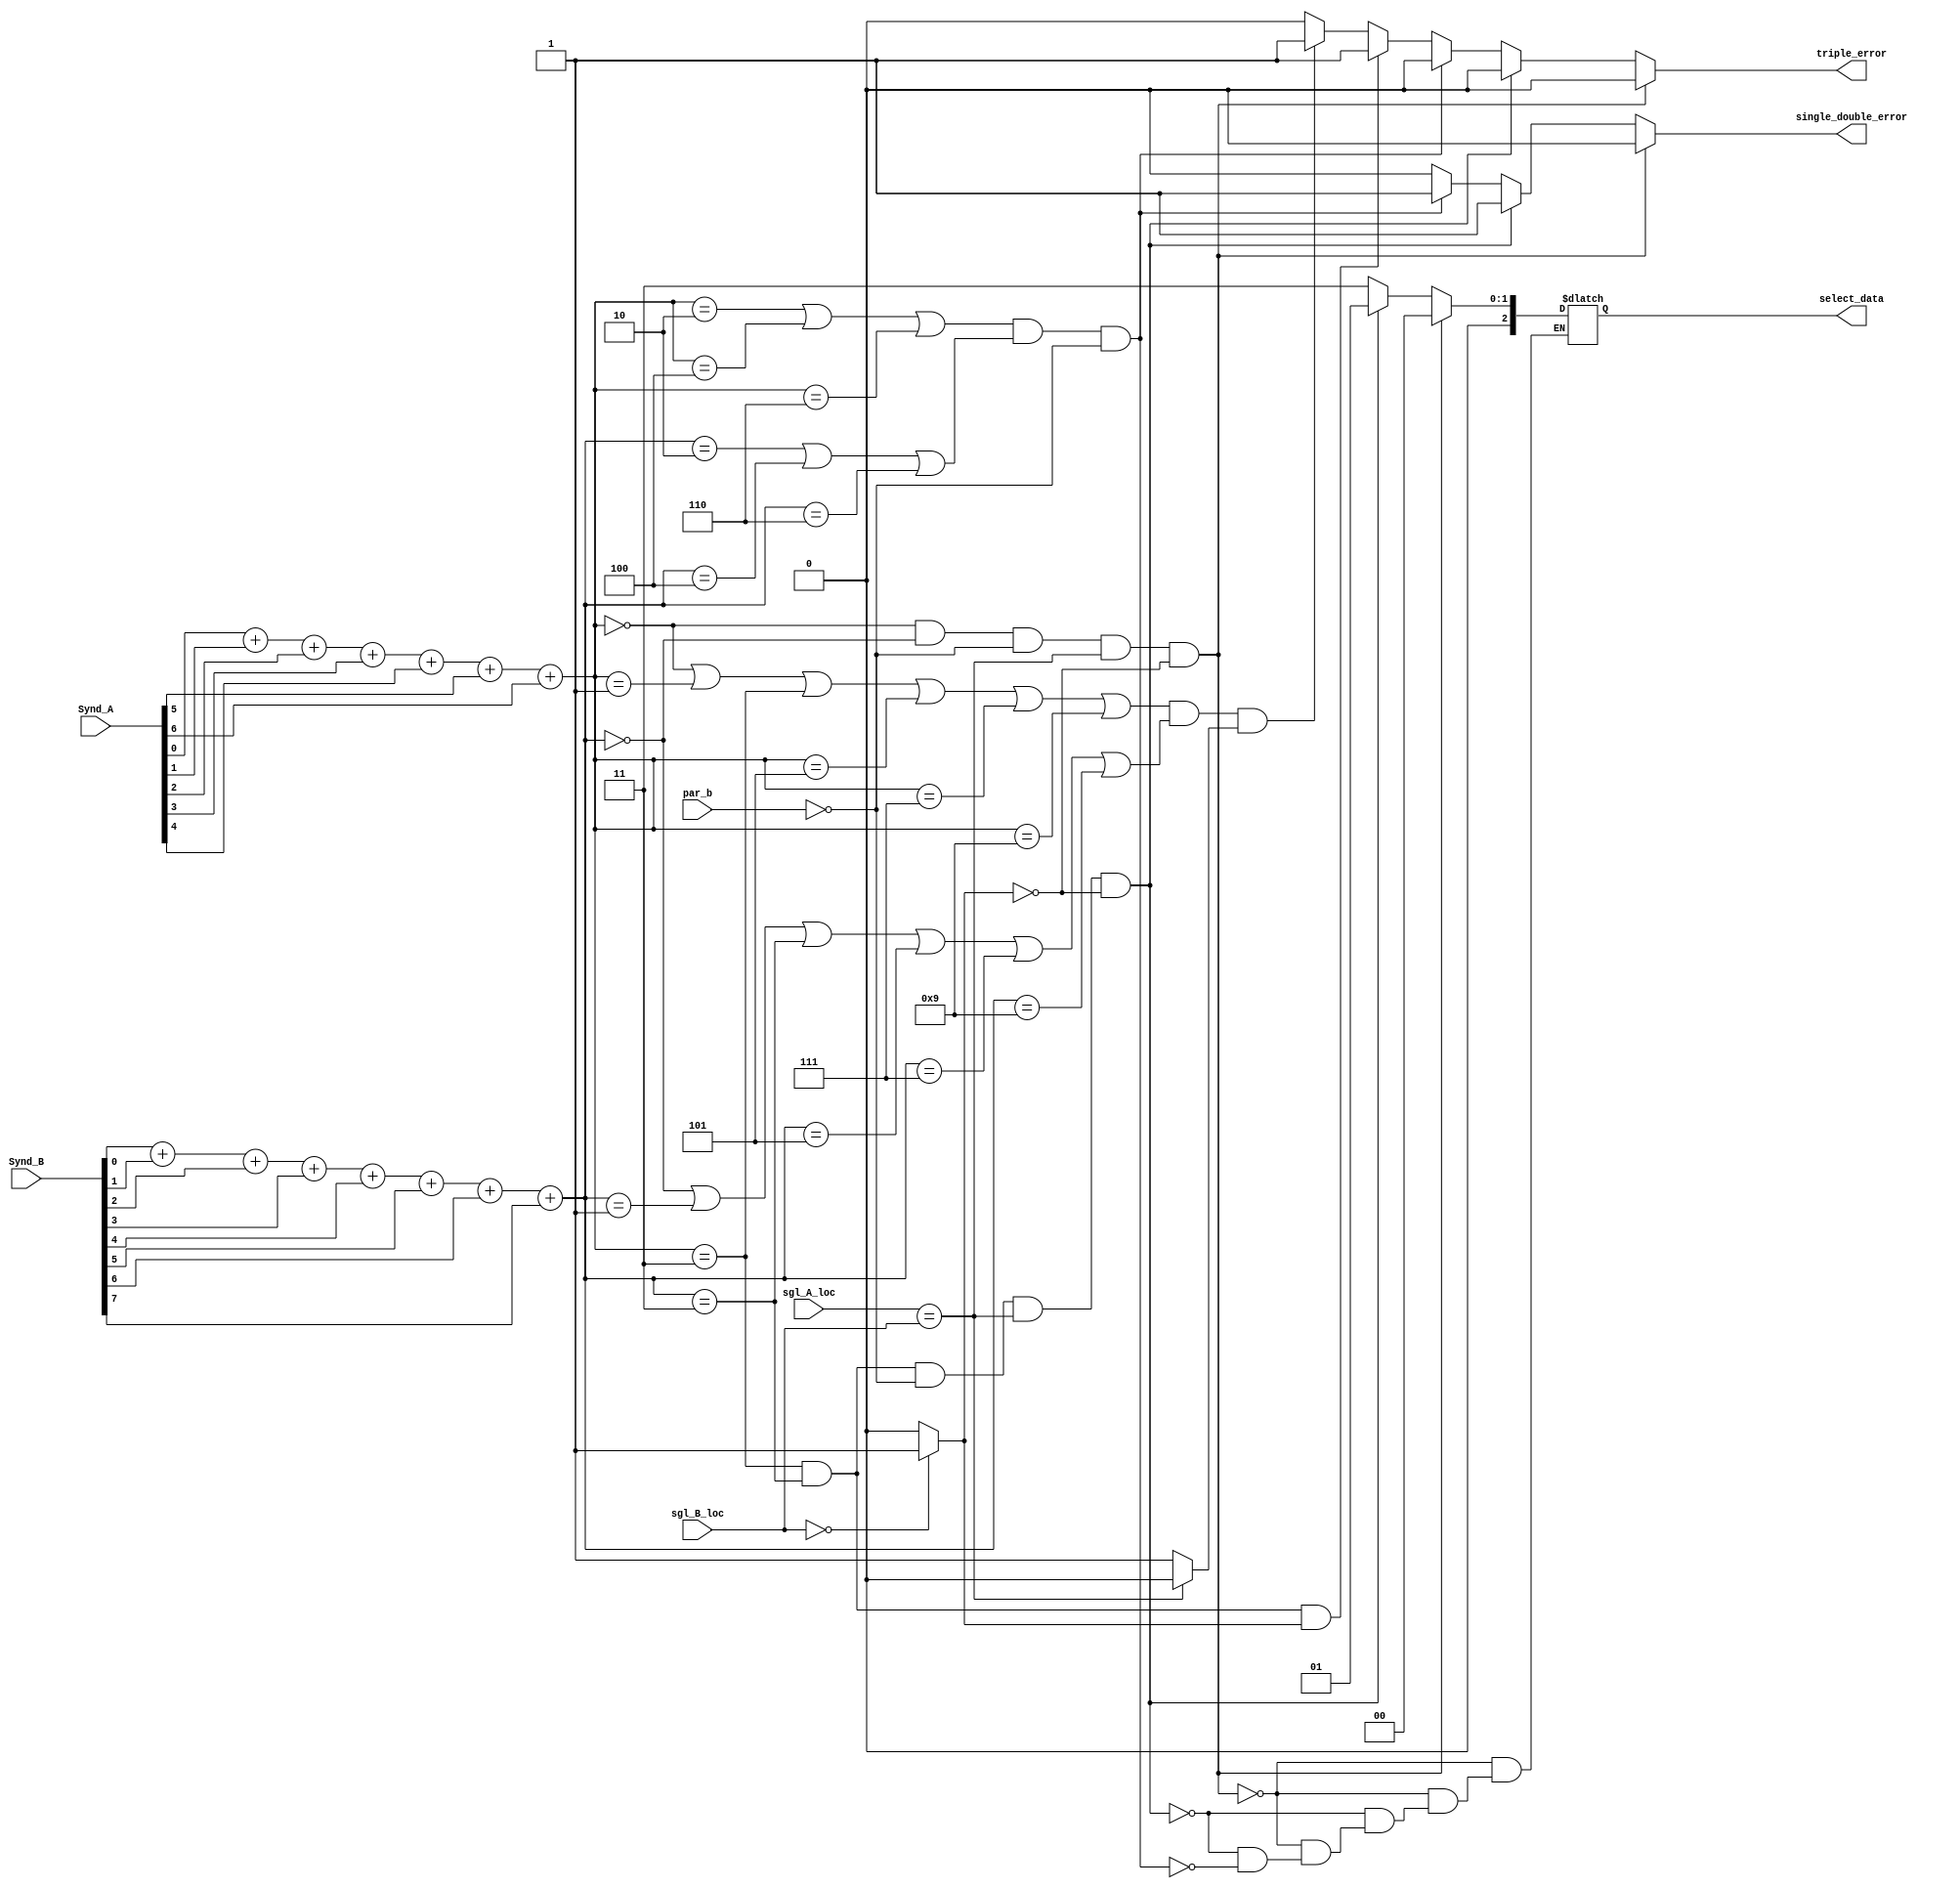
`timescale 1ns / 1ps
module control(
    input [6:0] Synd_A,
    input [7:0] Synd_B,
    input [31:0] sgl_A_loc,
    input [31:0] sgl_B_loc,
    input par_b,
    output reg [2:0] select_data,
    output reg triple_error,
    output reg single_double_error 

);
wire sgl_tpl, lb0;
reg [3:0] number_A, number_B;

assign sgl_tpl = (sgl_A_loc == sgl_B_loc)?0:1;
assign lb0 = (sgl_B_loc == 0)?1:0;


always @(*)
     begin
     number_A = Synd_A[0] + Synd_A[1] + Synd_A[2] + Synd_A[3] + Synd_A[4] + Synd_A[5] + Synd_A[6];
     number_B = Synd_B[0] + Synd_B[1] + Synd_B[2] + Synd_B[3] + Synd_B[4] + Synd_B[5] + Synd_B[6] + Synd_B[7];

     triple_error = 0;
     single_double_error = 0;
     //no error
     if (number_A == 0 && number_B == 0 && par_b == 0 && sgl_tpl == 0 && lb0 == 0)
        begin
        select_data = 2'b0;
        end 
     //single error
     else if (number_A == 3 && number_B == 3 && par_b == 0 && sgl_tpl == 0 && lb0 == 0)
        begin
        select_data = 2'b1;
        single_double_error = 1;
        end 
     //double error
     else if ((number_A == 2 || number_A == 4 || number_A == 6 )&& (number_B == 2 || number_B == 4 || number_B == 6 ) && par_b == 0 )
        begin
        select_data = 2'b11;
        single_double_error = 1;
        end
     //triple error
     else if (number_A == 3 && number_B == 3 && lb0 ==1 )
        begin
        triple_error = 1;
        end 
    //triple error
     else if (( number_A == 0 || number_A == 1 || number_A == 3 || number_A == 5 || number_A == 7 || number_A == 9 ) && ( number_B == 0 || number_B == 1 || number_B == 3 || number_B == 5 || number_B == 7 || number_B == 9 ) && sgl_tpl == 1 )
        begin
        triple_error = 1;
        end 

     end
endmodule